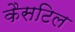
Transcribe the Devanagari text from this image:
कैसटिल